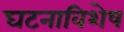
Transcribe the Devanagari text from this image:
घटनाविशेष